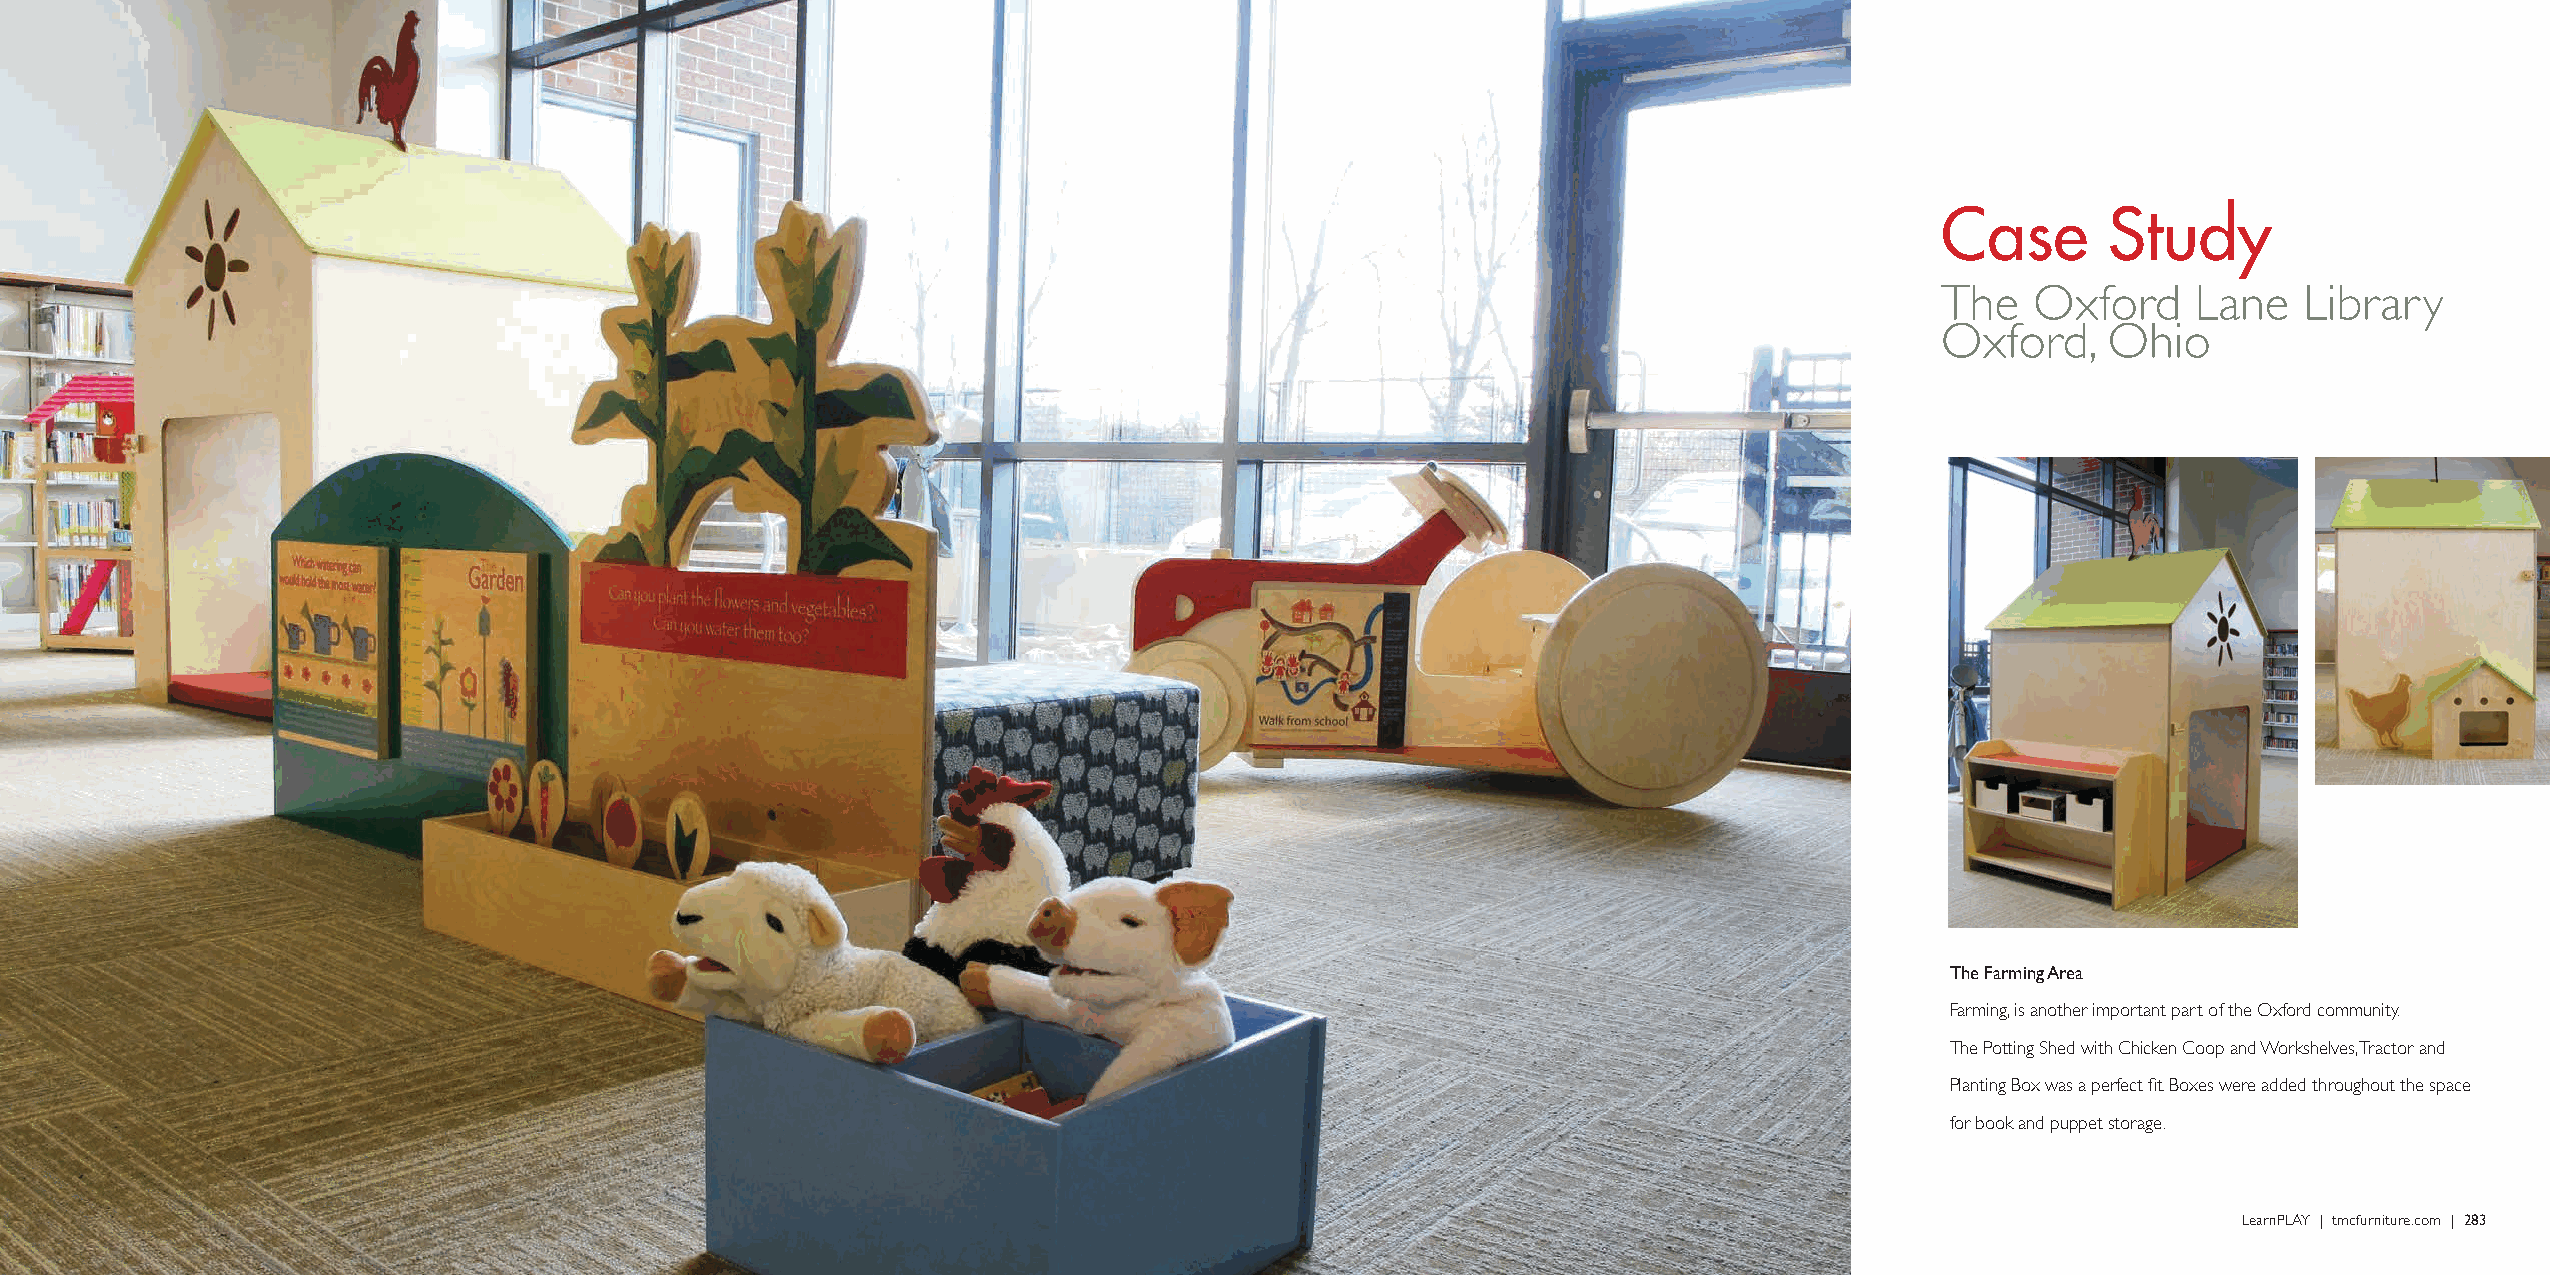
Case        Study
 The    Oxford    Lane   Library
 Oxford,     Ohio
 The Farming Area
 Farming, is another important part of the Oxford community.
 The Potting Shed with Chicken Coop and Workshelves, Tractor and
 Planting Box was a perfect fit. Boxes were added throughout the space
 for book and puppet storage.
 282 | LearnPLAY | tmcfurniture.com                                                                                                             LearnPLAY | tmcfurniture.com | 283